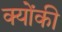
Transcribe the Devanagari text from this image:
क्‍योंकी